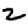
Digit: 2